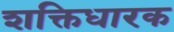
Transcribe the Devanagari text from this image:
शक्तिधारक